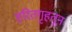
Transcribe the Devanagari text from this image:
हरितगृहतून